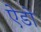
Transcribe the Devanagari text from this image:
ऐडो